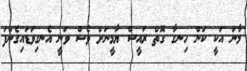
މާނަ އަކީ ކަން ހިނގާ ގޮތް ރައީސް ޔާމީނަށް ވެސް ވަނީ އެނގިވަޑައިގެންފަ